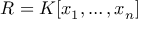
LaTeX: R = K [ x _ { 1 } , \ldots , x _ { n } ]